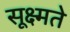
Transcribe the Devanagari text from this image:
सूक्ष्मते